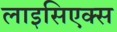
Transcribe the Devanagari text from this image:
लाइसिएक्स